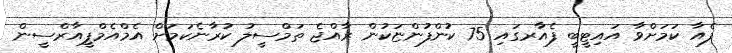
ފެއާ ކަމަށްވާ އައިޓީބީ ފެއާރގައި 75 ކުންފުންޏަކުން ރާއްޖެ ތަމްސީލު ކުރާނެކަމަށް އެމްއެމްޕީއާރްސީން